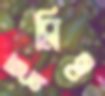
ছুব্‌লিও